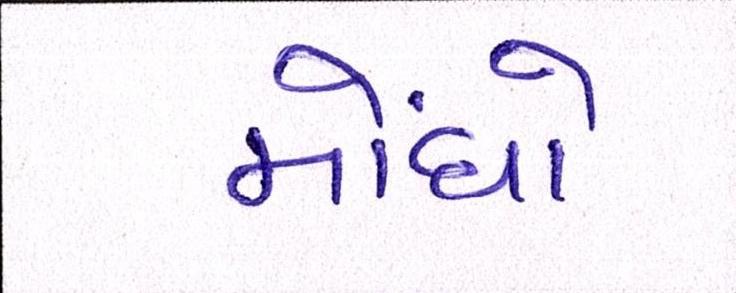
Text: મોંઘો